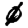
Digit: 0